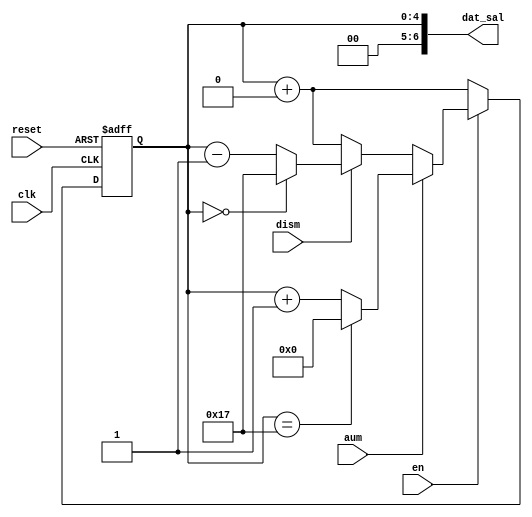
`timescale 1ns / 1ps
//////////////////////////////////////////////////////////////////////////////////
// Company: 
// Engineer: 
// 
// Design Name: 
// Module Name:    CONT_DATO_23 
// Project Name: 
// Target Devices: 
// Tool versions: 
// Description: 
//
// Dependencies: 
//
// Revision: 
// Revision 0.01 - File Created
// Additional Comments: 
//
//////////////////////////////////////////////////////////////////////////////////
module CONT_DATO_23(
	input wire clk,
	input wire reset,
	
	input wire aum,
	input wire dism,
	
	input wire en,
	
	output wire [6:0] dat_sal
   
	);
	
	reg [4:0] dat;
	
	always @(posedge clk, posedge reset) begin
			if (reset) begin
				dat <= 5'b00000;
			end else if (~en) begin
				dat <= dat + 5'b00000;
			end else if (aum) begin
				if (dat == 5'b10111) begin //23.
					dat <= 5'b00000; 
				end else begin
					dat <= dat + 5'b00001;
				end
			end else if (dism) begin
				if (dat == 5'b00000) begin
					dat <= 5'b10111;
				end else begin
					dat <= dat - 5'b00001;
				end
			end else begin
				dat <= dat + 5'b00000;
			end
	end
	
	assign dat_sal = {2'b00,dat};
	
endmodule